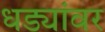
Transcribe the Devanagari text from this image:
धड्यांवर